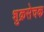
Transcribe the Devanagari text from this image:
शुक्रसेचक